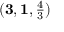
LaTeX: ( { \mathbf { 3 } } , \mathbf { 1 } , \textstyle { \frac { 4 } { 3 } } )